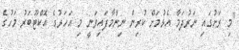
"މި ރަށުގައި ނަރުދަމާ އެޅުމަށް ކުރިން ނިންމާފައިވަނީ މި އަހަރުގެ އޮކްޓޫބަރު މަހުގެ